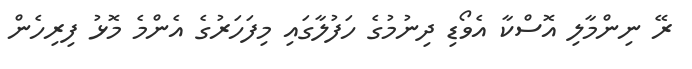
ރޭ ނިންމާލި އޮސްކާ އެވޯޑި ދިނުމުގެ ހަފުލާގައި މިފަހަރުގެ އެންމެ މޮޅު ފިރިހެން